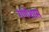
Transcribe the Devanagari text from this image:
गणेशास